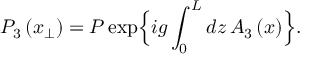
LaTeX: P _ { 3 } \left( x _ { \perp } \right) = P \exp \Bigl \{ i g \int _ { 0 } ^ { L } d z \, A _ { 3 } \left( x \right) \Bigr \} .